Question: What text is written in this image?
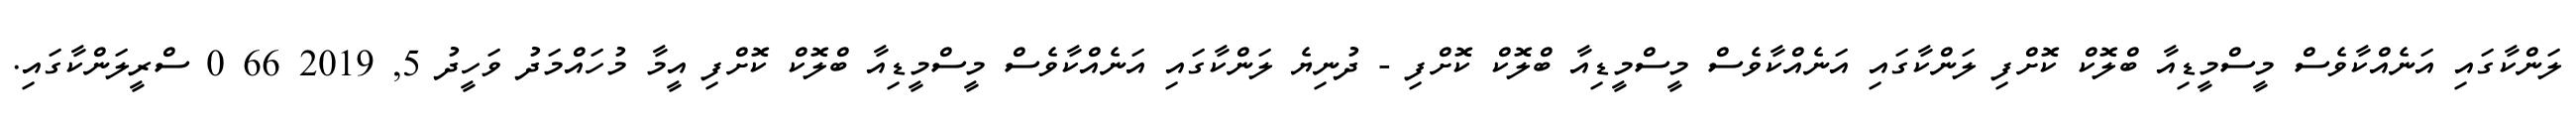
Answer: ލަންކާގައި އަނެއްކާވެސް މީސްމީޑިއާ ބްލޮކް ކޮށްފި ލަންކާގައި އަނެއްކާވެސް މީސްމީޑިއާ ބްލޮކް ކޮށްފި - ދުނިޔެ ލަންކާގައި އަނެއްކާވެސް މީސްމީޑިއާ ބްލޮކް ކޮށްފި އީމާ މުހައްމަދު ވަހީދު 5, 2019 66 0 ސްރީލަންކާގައި.